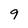
Character: 9